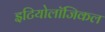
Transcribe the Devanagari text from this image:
इटियोलॉजिकल